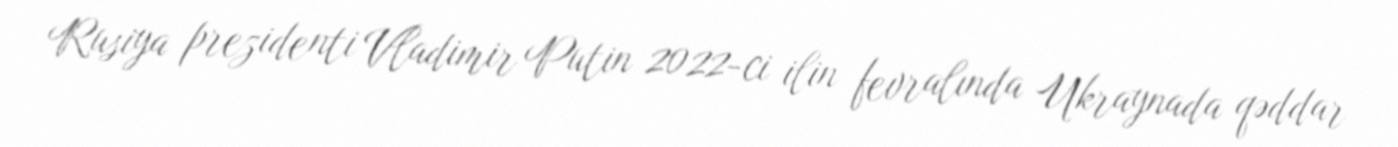
Rusiya prezidenti Vladimir Putin 2022-ci ilin fevralında Ukraynada qəddar